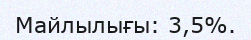
Майлылығы: 3,5%.